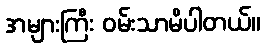
အများကြီး ဝမ်းသာမိပါတယ်။